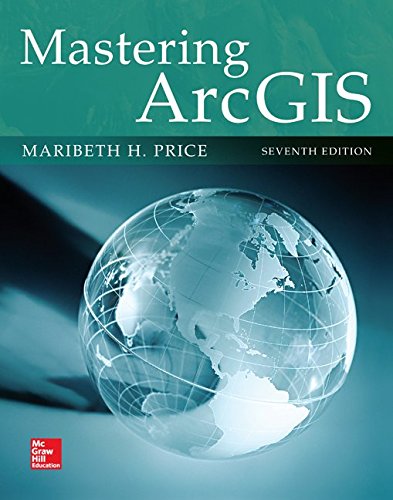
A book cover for Mastering ArcGIS; Maribeth Price; Science & Math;